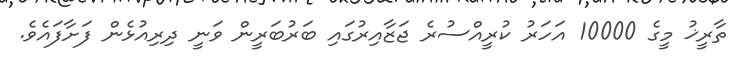
ތާރީޚު މީގެ 10000 އަހަރު ކުރީއްސުރެ ޖަޒާއިރުގައި ބަރުބަރީން ވަނީ ދިރިއުޅެން ފަށާފައެވެ.